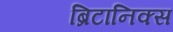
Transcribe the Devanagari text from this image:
ब्रिटानिक्स